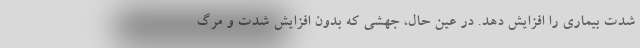
شدت بیماری را افزایش دهد. در عین حال، جهشی که بدون افزایش شدت و مرگ